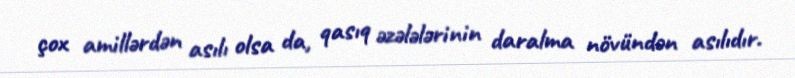
çox amillərdən asılı olsa da, qasıq əzələlərinin daralma növündən asılıdır.